Lunatic asylums United Prov. 1922-30 - 1922-1930
Year: 1922
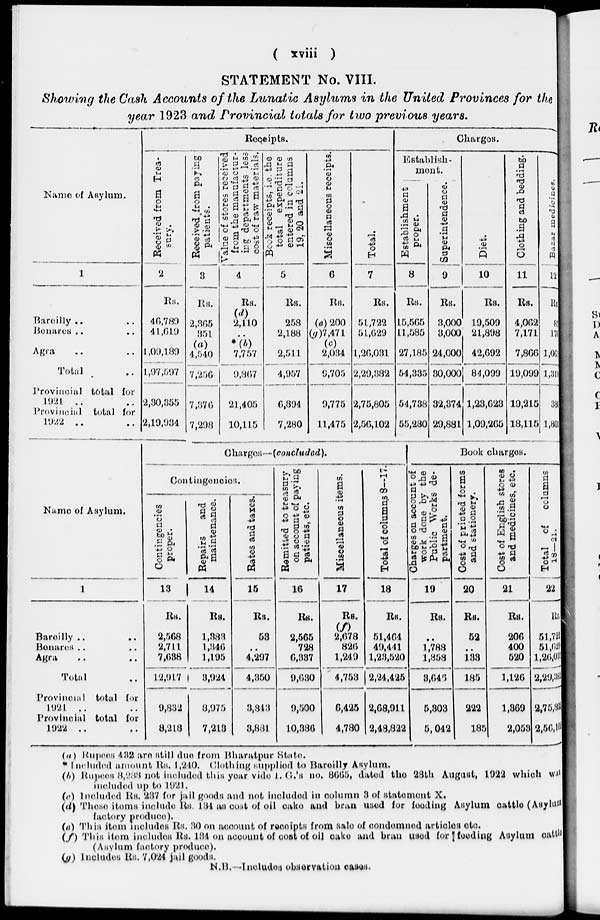
( xviii )
STATEMENT No. VIII.
Showing the Cash Accounts of the Lunatic Asylums in the United Provinces for the
year 1923 and Provincial totals for two previous years.
Name of Asylum.
1
Bareilly .. ..
Benares .. ..
Agra .. ..
Total ..
Provincial total for
1921 .. ..
Provincial total for
1922 .. ..
Receipts.
Received from Trea-
sury.
2
Rs.
46,789
41,619
1 ,09,189
1,97,597
2,30,355
2,19,934
Received from paying
patients.
3
Rs.
2,365
351
(a)
4,540
7,256
7,376
7,298
Value of stores received
from the manufactur-
ing departments less
cost of raw materials.
4
Rs.
(d)
2,110
..
*(b)
7,757
9,367
21,405
10,115
Book
receipts, i.e. the
total expenditure
entered in columns
19, 20 and 21.
5
Rs.
258
2,188
2,511
4,957
6,894
7,280
Miscellaneous receipts.
6
Rs.
(e) 200
(g)7,471
(c)
2,034
9,705
9,775
11,475
Total.
7
Rs.
51,722
51,629
1,26,031
2,29,382
2,75,805
2,56,102
Charges.
Establish-
ment.
Establishment
proper.
8
Rs.
15,565
11,585
27,185
54,335
54,738
55,230
Superintendence.
9
Rs.
3,000
3,000
24,000
30,000
32,374
29,881
Diet.
10
Rs.
19,509
21,898
42,692
84,099
1,23,623
1,09,265
Clothing and bedding.
11
Rs.
4,062
7,171
7,866
19,099
19,215
18,115
Bazar
medicines.
12
Rs.
81
176
1,061
1,318
386
l,80
Name of Asylum.
1
Bareilly .. ..
Benares .. ..
Agra
Total
Provincial total for
1921 .. ..
Provincial total for
1922 .. ..
Charges—(concluded).
Contingencies.
Contingencies
proper.
13
Rs.
2,568
2,711
7,638
12,917
9,832
8,218
Repairs
and
maintenance.
14
Rs.
1,383
1,346
1,195
3,924
8,975
7,213
Rates and taxes.
15
Rs.
53
..
4,297
4,350
3,343
3,881
Remitted to treasury
on account of paying
patients, etc.
16
Rs.
2,565
728
6,337
9,630
9,500
10,386
Miscellaneous items.
17
Rs.
(f)
2,678
826
1,249
4,753
6,425
4,780
Total of columns 8—17.
18
Rs.
51,464
40,441
1,23,520
2,24,425
2,68,911
2,48,822
Book charges.
Charges on account of
work done by the
Public Works de-
partment.
19
Rs.
..
1,788
1,858
3,646
5,303
5,042
Cost of printed forms
and stationery.
20
Rs.
52
..
133
185
222
185
Cost of English stores
and medicines, etc.
21
Rs.
206
400
520
1,126
1,869
2,053
Total of columns
18—21.
22
Rs.
51,722
51,629
1,26,031
2,29,382
2,75,806
2,56,102
(a) Rupees 432 are still due from Bharatpur State.
* Included amount Rs. 1,240. Clothing supplied to Bareilly Asylum.
(b) Rupees 8,288 not included this year vide I. G.'s no. 8665, dated the 28th August, 1922 which was
included up to 1921.
(c) Included Rs. 237 for jail goods and not included in column 3 of statement X.
(d) These items include Rs. 134 as cost of oil cake and bran used for feeding Asylum cattle (Asylum
factory produce).
(e) This item includes Rs. 30 on account of receipts from sale of condemned articles etc.
(f) This item includes Rs. 134 on account of cost of oil cake and bran used for feeding Asylum cattle
(Asylum factory produce).
(g) Includes Rs. 7,024 jail goods.
N.B.—Includes observation cases.